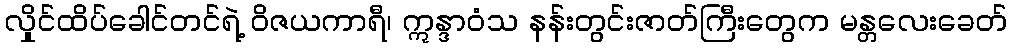
လှိုင်ထိပ်ခေါင်တင်ရဲ့ ဝိဇယကာရီ၊ ဣန္ဒာဝံသ နန်းတွင်းဇာတ်ကြီးတွေက မန္တလေးခေတ်